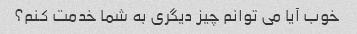
خوب آیا می توانم چیز دیگری به شما خدمت کنم؟